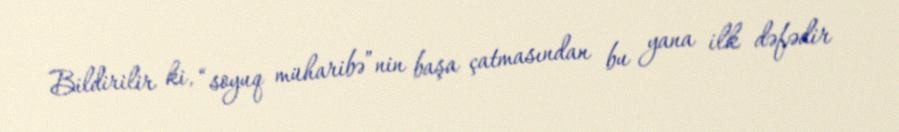
Bildirilir ki, “soyuq müharibə”nin başa çatmasından bu yana ilk dəfədir